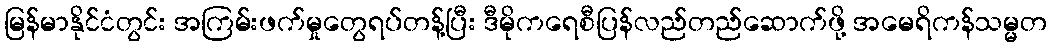
မြန်မာနိုင်ငံတွင်း အကြမ်းဖက်မှုတွေရပ်တန့်ပြီး ဒီမိုကရေစီပြန်လည်တည်ဆောက်ဖို့ အမေရိကန်သမ္မတ